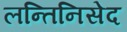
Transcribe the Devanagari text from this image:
लन्तिनिसेद